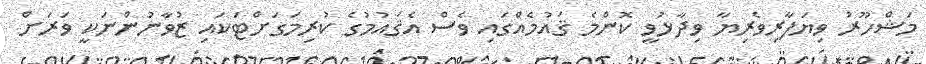
މަޝްހޫރު ވިޔަފާރިވެރިޔާ ވިދާޅުވީ ކޮންމެ ޤައުމެއްގައި ވެސް އެޤައުމުގެ ކުރިމަގަށްޓަކައި ޒުވާނުންނަކީ ވަރަށް